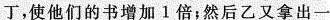
丁，使他们的书增加1倍；然后乙又拿出一